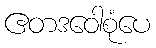
ဧတဒဝေါစုံပေ